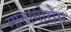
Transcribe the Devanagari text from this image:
मातामोरोस